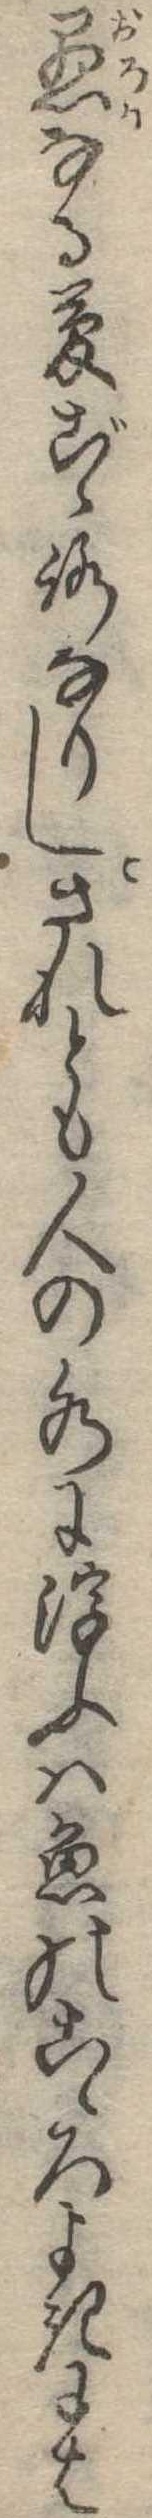
愚なる夢ごゝろなりしされとも人の水に浮ふは魚のこゝろよきには